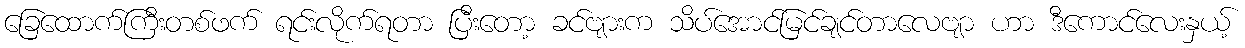
ခြေထောက်ကြီးတစ်ဖက် ရင်းလိုက်ရတာ ပြီးတော့ ခင်ဗျားက သိပ်အောင်မြင်ချင်တာလေဗျာ ဟာ ဒီကောင်လေးနှယ့်